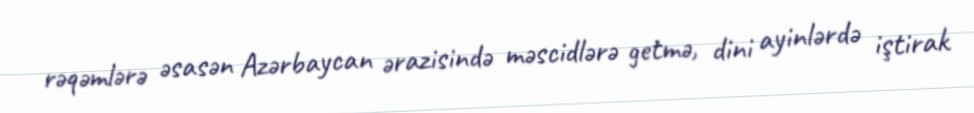
rəqəmlərə əsasən Azərbaycan ərazisində məscidlərə getmə, dini ayinlərdə iştirak